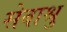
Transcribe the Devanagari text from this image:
सेवाश्रु